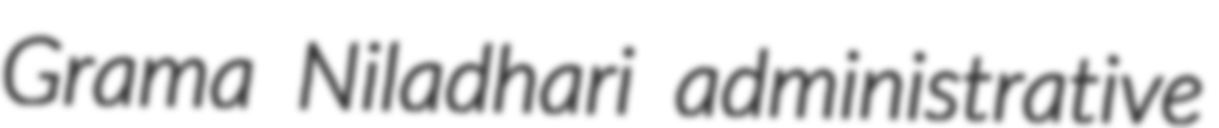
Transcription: Grama Niladhari administrative